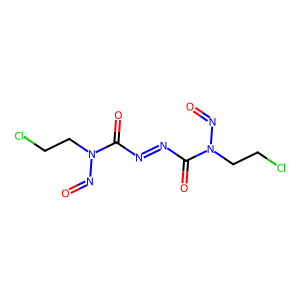
SMILES: O=NN(CCCl)C(=O)N=NC(=O)N(CCCl)N=O
Inhibits HIV replication: No